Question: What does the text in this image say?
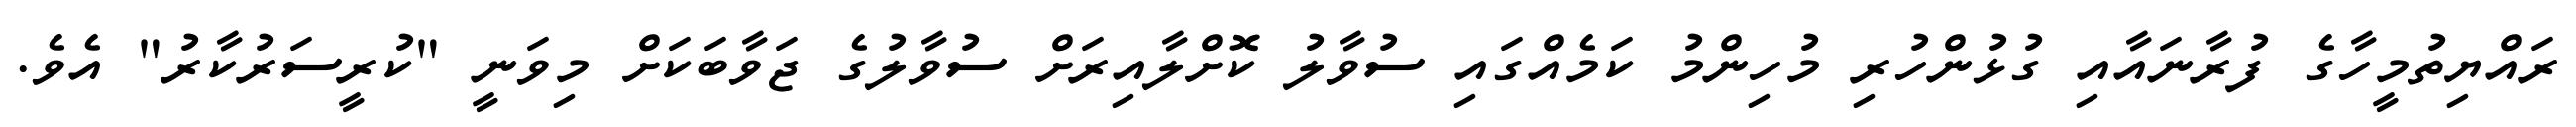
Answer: ރައްޔިތުމީހާގެ ފުރާނައާއި ގުޅުންހުރި މުހިންމު ކަމެއްގައި ސުވާލު ކޮށްލާއިރަށް ސުވާލުގެ ޖަވާބަކަށް މިވަނީ "ކުރީސަރުކާރު" އެވެ.